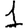
Digit: 1